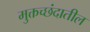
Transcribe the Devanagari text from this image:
मुक्तच्छंदातील